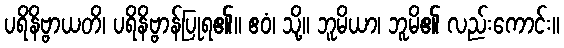
ပရိနိဗ္ဗာယတိ၊ ပရိနိဗ္ဗာန်ပြုရ၏။ ဧဝံ၊ သို့။ ဘူမိယာ၊ ဘူမိ၏ လည်းကောင်း။